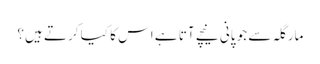
مارگلہ سے جو پانی نیچے آتا ہے اس کا کیا کرتے ہیں؟